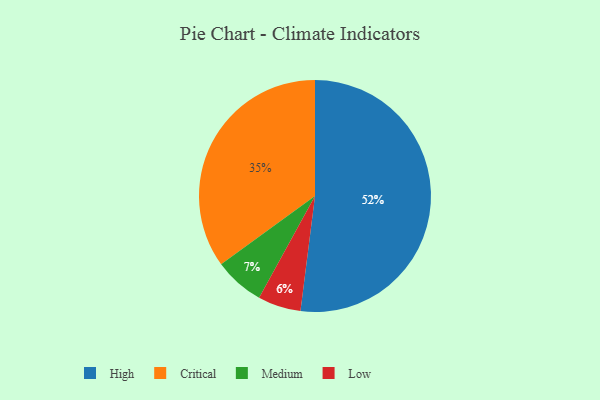
{"axis": {"x": "Category", "y": "Percentage"}, "legend": ["Critical", "High", "Low", "Medium"], "data": [{"x": "High", "y": 52, "type": "High"}, {"x": "Critical", "y": 35, "type": "Critical"}, {"x": "Low", "y": 6, "type": "Low"}, {"x": "Medium", "y": 7, "type": "Medium"}]}